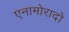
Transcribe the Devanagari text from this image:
एनामोरादो